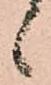
候